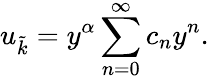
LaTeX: u_{\tilde{k}}=y^{\alpha}\sum_{n=0}^{\infty}c_{n}y^{n}.